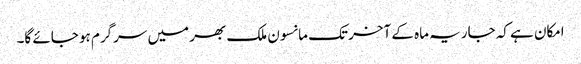
امکان ہے کہ جاریہ ماہ کے آخر تک مانسون ملک بھر میں سرگرم ہو جائے گا۔